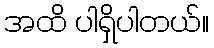
အထိ ပါရှိပါတယ်။